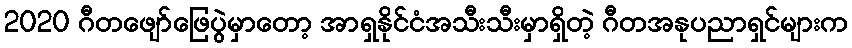
2020 ဂီတဖျော်ဖြေပွဲမှာတော့ အာရှနိုင်ငံအသီးသီးမှာရှိတဲ့ ဂီတအနုပညာရှင်များက